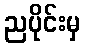
ညပိုင်းမှ